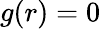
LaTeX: g(r)=0